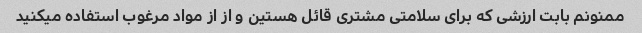
ممنونم بابت ارزشی که برای سلامتی مشتری قائل هستین و از از مواد مرغوب استفاده میکنید